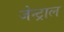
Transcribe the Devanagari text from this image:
जेन्ट्राल